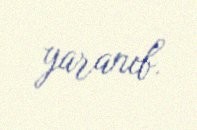
yaranıb.